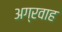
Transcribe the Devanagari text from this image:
अग्रवाह